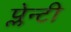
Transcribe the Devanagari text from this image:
प्लेन्टी